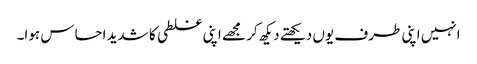
انہیں اپنی طرف یوں دیکھتے دیکھ کر مجھے اپنی غلطی کا شدید احساس ہوا۔